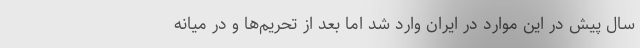
سال پیش در این موارد در ایران وارد شد اما بعد از تحریم‌ها و در میانه